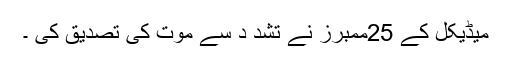
میڈیکل کے 25ممبرز نے تشد د سے موت کی تصدیق کی ۔